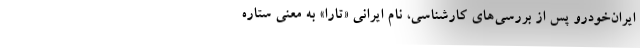
ایران‌خودرو پس از بررسی‌های کارشناسی، نام ایرانی «تارا» به معنی ستاره